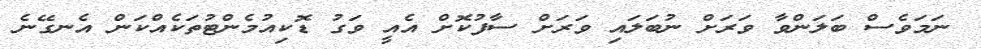
ނަމަވެސް ބަލަންވާ ވަރަށް ނުބަލައި ވަރަށް ސާފުކޮށް އެއީ ވަގު ޑޮކިއުމެންޓުތަކެއްކަން އެނގޭނެ